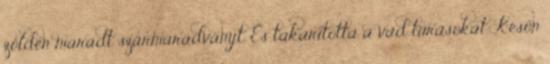
zölden maradt szármaradványt. És takarította a vad túrásokat. Későn